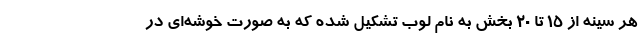
هر سینه از ۱۵ تا ۲۰ بخش به نام لوب تشکیل شده که به صورت خوشه‌ای در